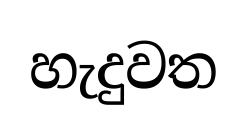
හැදුවත